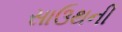
સાઉથની